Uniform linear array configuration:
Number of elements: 4
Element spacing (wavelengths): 0.25
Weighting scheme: hann
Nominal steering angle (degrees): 30
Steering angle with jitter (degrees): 29.558
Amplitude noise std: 0.05
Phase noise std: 0.05

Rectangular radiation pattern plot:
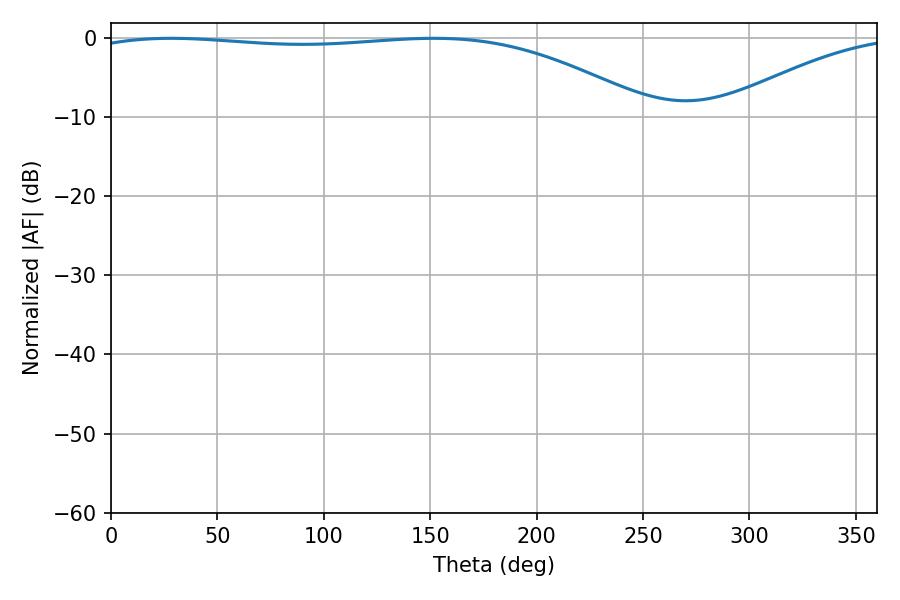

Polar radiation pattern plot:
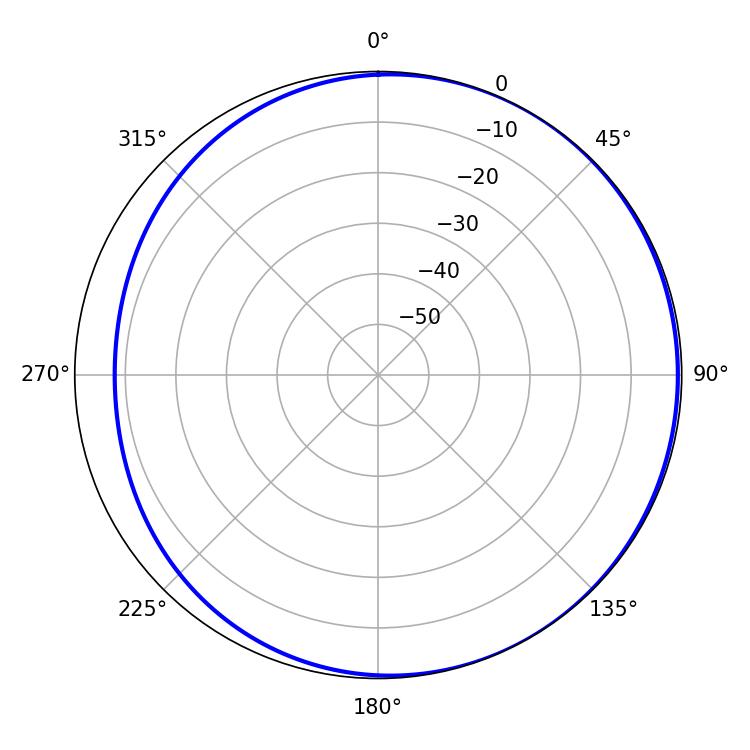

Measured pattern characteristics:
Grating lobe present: FALSE
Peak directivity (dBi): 2.202
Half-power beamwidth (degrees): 211.68
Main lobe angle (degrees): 28.26